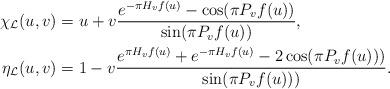
LaTeX: \begin{align*}\chi_{\mathcal{L}}(u,v)&= u +v\frac{ e^{-\pi H_vf(u)}-\cos(\pi P_v f(u))}{\sin(\pi P_v f(u))}, \\\eta_{\mathcal{L}}(u,v)&= 1 - v\frac{ e^{\pi H_vf(u)} + e^{-\pi H_vf(u)}-2 \cos(\pi P_v f(u)))}{\sin(\pi P_v f(u)))}.\end{align*}